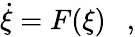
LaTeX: \dot{\xi}=F(\xi)\ \ \ ,